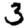
Digit: 3